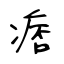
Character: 痞